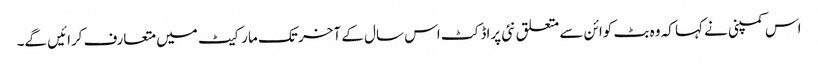
اس کمپنی نے کہا کہ وہ بٹ کوائن سے متعلق نئی پراڈکٹ اس سال کے آخر تک مارکیٹ میں متعارف کرائیں گے۔